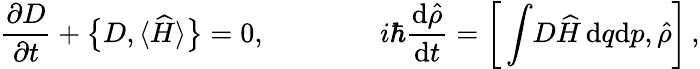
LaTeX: \frac{\partial D}{\partial t}+\big\{ D,{\langle\widehat{H}\rangle}\big\} =0,\qquad\qquad i\hbar\frac{\mathrm{d}\hat{\rho}}{\mathrm{d}t}=\bigg[\int\! D\widehat{H}\, \mathrm{d}q\mathrm{d}p,\hat{\rho}\bigg]\, ,